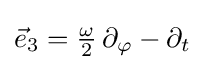
{\vec {e}}_{3}={\tfrac {\omega }{2}}\,\partial _{\varphi }-\partial _{t}